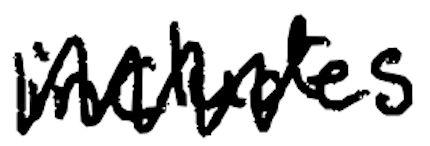
Text: includes
Cross-out: zig-zag
Writing tool: digital_black